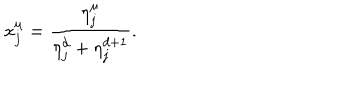
x _ { j } ^ { \mu } = \frac { \eta _ { j } ^ { \mu } } { \eta _ { j } ^ { d } + \eta _ { j } ^ { d + 1 } } .